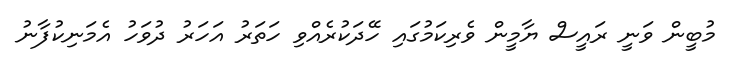
މުބީން ވަނީ ރައީސް ޔާމީން ވެރިކަމުގައި ހޭދަކުރެއްވި ހަތަރު އަހަރު ދުވަހު އެމަނިކުފާނު